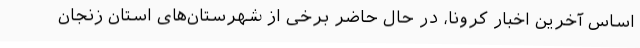
اساس آخرین اخبار کرونا، در حال حاضر برخی از شهرستان‌های استان زنجان